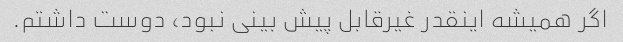
اگر همیشه اینقدر غیرقابل پیش بینی نبود، دوست داشتم.